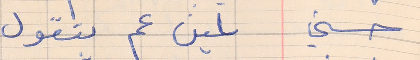
حسني    لمين عم بتقول